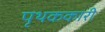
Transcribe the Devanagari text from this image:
पृथककारी